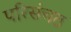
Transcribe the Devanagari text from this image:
परिसंचत